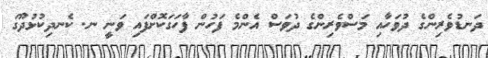
ދަނޑުވެރިންގެ ދުވަހާއި މަސްވެރިންގެ ދުވަސް އެންމެ ފަހުން ފާހަގަކޮށްފައި ވަނީ ނ. ކެނދިކުޅުދޫގަ